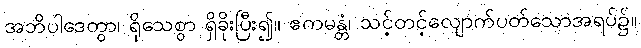
အဘိပါဒေတွာ၊ ရိုသေစွာ ရှိခိုးပြီး၍။ ဧကမန္တံ၊ သင့်တင့်လျောက်ပတ်သောအရပ်၌။